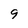
Character: 9